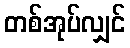
တစ်အုပ်လျှင်